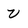
Character: v